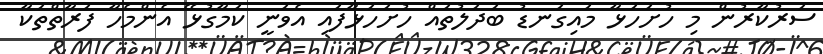
ސަރުކާރުން މި ހުށަހަޅާ މައިގަނޑު ބަދަލުތައް ހުށަހަޅާފައި އެވަނީ ކަމާގުޅޭ އެންމެހާ ފަރާތްތަކާ